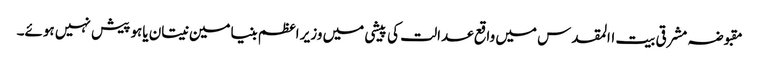
مقبوضہ مشرقی بیت االمقدس میں واقع عدالت کی پیشی میں وزیر اعظم بنیامین نیتان یاہو پیش نہیں ہوئے۔